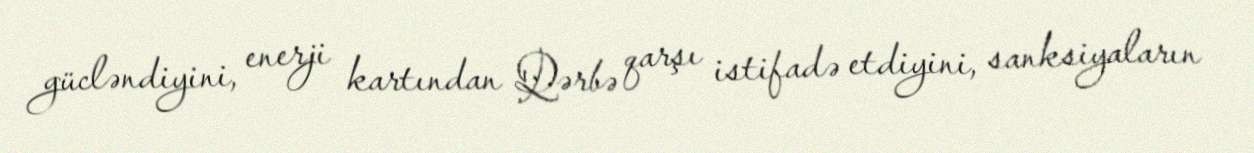
gücləndiyini, enerji kartından Qərbə qarşı istifadə etdiyini, sanksiyaların